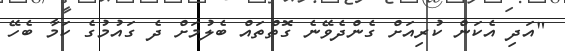
"އަދި އެކަން ކުރިއަށް ގެންދެވޭނެ ގޮތްތައް ބެލުމަށް ދެ ގައުމުގެ ކަމާ ބެހޭ